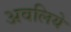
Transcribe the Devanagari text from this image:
अवलिये